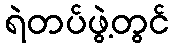
ရဲတပ်ဖွဲ့တွင်